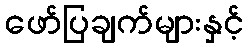
ဖော်ပြချက်များနှင့်